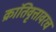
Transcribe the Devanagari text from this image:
क्रांतिवृत्तावरच